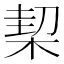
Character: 𣔘